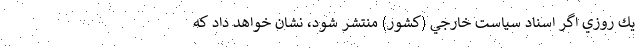
يك روزي اگر اسناد سياست خارجي (كشور) منتشر شود، نشان خواهد داد كه